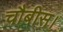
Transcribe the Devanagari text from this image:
चौबीस।